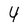
Character: 4